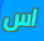
اس